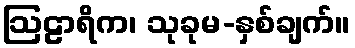
ဩဠာရိက၊ သုခုမ-နှစ်ချက်။